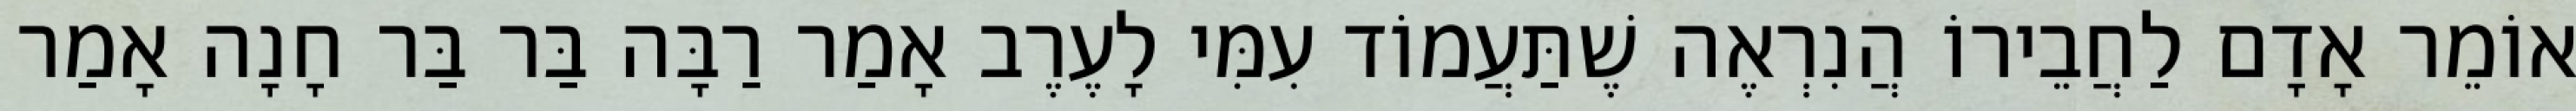
אוֹמֵר אָדָם לַחֲבֵירוֹ הֲנִרְאֶה שֶׁתַּעֲמוֹד עִמִּי לָעֶרֶב אָמַר רַבָּה בַּר בַּר חָנָה אָמַר